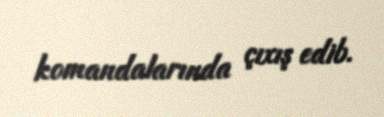
komandalarında çıxış edib.